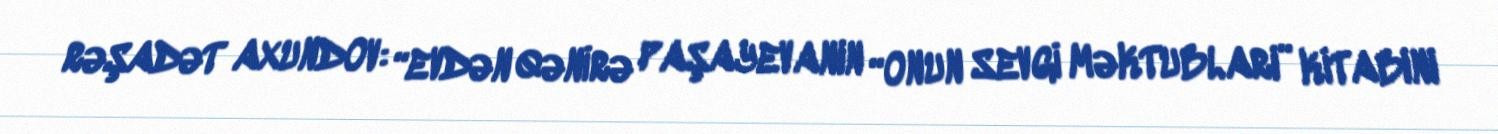
RƏŞADƏT AXUNDOV: “EVDƏN QƏNİRƏ PAŞAYEVANIN “ONUN SEVGİ MƏKTUBLARI” KİTABINI